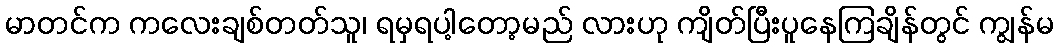
မာတင်က ကလေးချစ်တတ်သူ၊ ရမှရပါ့တော့မည် လားဟု ကျိတ်ပြီးပူနေကြချိန်တွင် ကျွန်မ